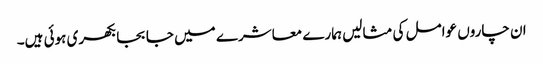
ان چاروں عوامل کی مثالیں ہمارے معاشرے میں جا بجا بکھری ہوئی ہیں۔